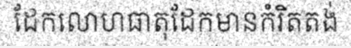
ដែកលោហធាតុដែកមានកំរិតតង់